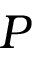
P